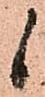
候